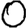
Digit: 0